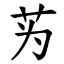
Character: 𫇭